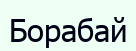
Борабай